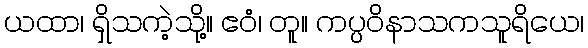
ယထာ၊ ရှိသကဲ့သို့။ ဧဝံ၊ တူ။ ကပ္ပဝိနာသကသူရိယေ၊